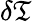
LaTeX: \delta\mathfrak{T}